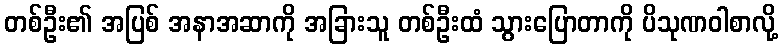
တစ်ဦး၏ အပြစ် အနာအဆာကို အခြားသူ တစ်ဦးထံ သွားပြောတာကို ပိသုဏဝါစာလို့